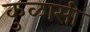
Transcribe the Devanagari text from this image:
कुळासी